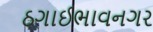
ઠગાઈભાવનગર